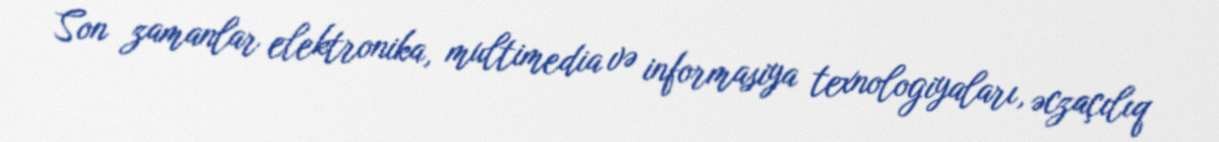
Son zamanlar elektronika, multimedia və informasiya texnologiyaları, əczaçılıq